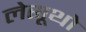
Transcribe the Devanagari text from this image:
लेसूथो